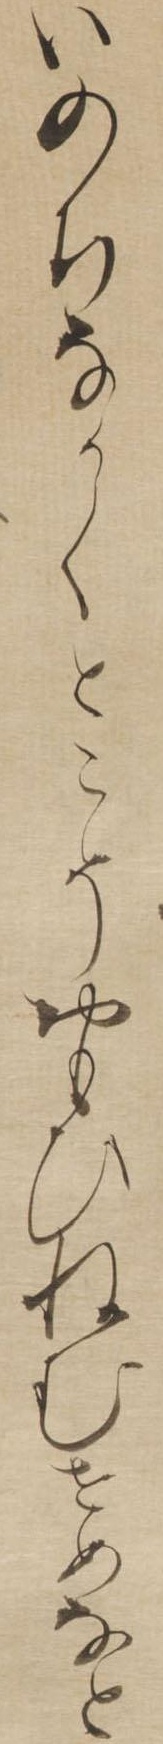
いのちなかくとこそおもひねむせめなと